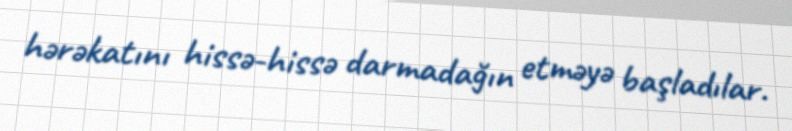
hərəkatını hissə-hissə darmadağın etməyə başladılar.